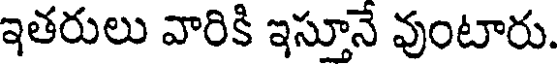
ఇతరులు వారికి ఇస్తూనే వుంటారు.